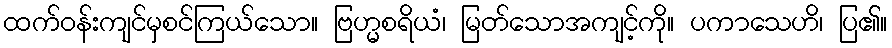
ထက်ဝန်းကျင်မှစင်ကြယ်သော။ ဗြဟ္မစရိယံ၊ မြတ်သောအကျင့်ကို။ ပကာသေဟိ၊ ပြ၏။